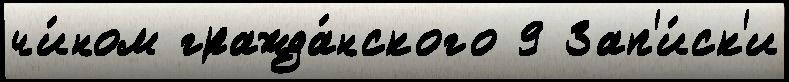
чи́ном гражда́нского 9 Зап'и́ск'и